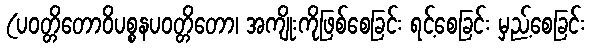
(ပဝတ္တိတောဝိပစ္စနပဝတ္တိတော၊ အကျိုးကိုဖြစ်စေခြင်း ရင့်စေခြင်း မှည့်စေခြင်း